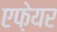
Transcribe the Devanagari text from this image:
एफ़ेयर